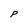
Character: P